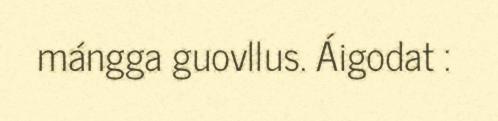
mángga guovllus. Áigodat :